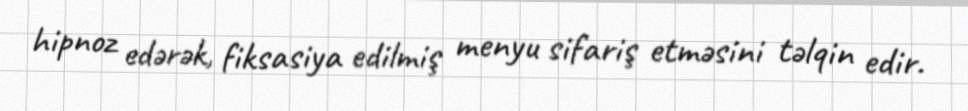
hipnoz edərək, fiksasiya edilmiş menyu sifariş etməsini təlqin edir.